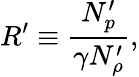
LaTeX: R^{\prime}\equiv\frac{N_{p}^{\prime}}{\gamma N_{\rho}^{\prime}},